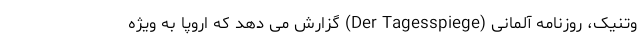
وتنیک، روزنامه آلمانی (Der Tagesspiege) گزارش می دهد که اروپا به ویژه